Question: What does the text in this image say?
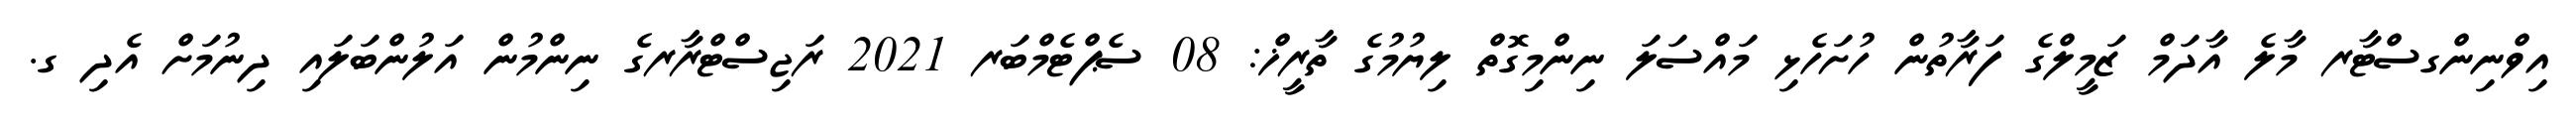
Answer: އިވްނިންގސްޓާރ މާލެ އާދަމް ޒަމީލްގެ ފަރާތުން ހުށަހެޅި މައްސަލަ ނިންމިގޮތް ލިޔުމުގެ ތާރީޚް: 08 ސެޕްޓެމްބަރ 2021 ރަޖިސްޓްރާރގެ ނިންމުން އަލުންބަލައި ދިނުމަށް އެދި ގ.